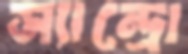
স্যান্দ্রো